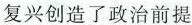
复兴创造了政治前提